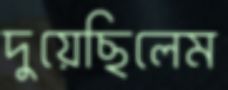
দুয়েছিলেম